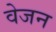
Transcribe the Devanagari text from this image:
वेजन